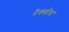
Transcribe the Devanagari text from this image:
नैक्सोस